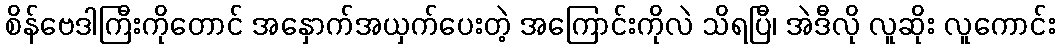
စိန်ဗေဒါကြီးကိုတောင် အနှောက်အယှက်ပေးတဲ့ အကြောင်းကိုလဲ သိရပြီ၊ အဲဒီလို လူဆိုး လူကောင်း